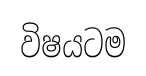
විෂයටම